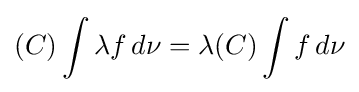
(C)\int \lambda f\,d\nu =\lambda (C)\int f\,d\nu